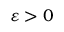
\varepsilon > 0